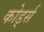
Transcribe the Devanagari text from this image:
कोर्ड्स